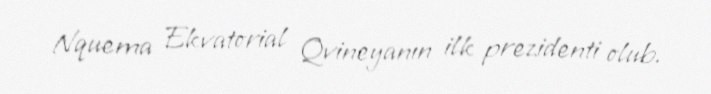
Nquema Ekvatorial Qvineyanın ilk prezidenti olub.